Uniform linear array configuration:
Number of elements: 32
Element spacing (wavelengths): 1
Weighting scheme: hann
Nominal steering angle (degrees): -60
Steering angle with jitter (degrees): -60.41
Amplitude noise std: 0.05
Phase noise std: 0.05

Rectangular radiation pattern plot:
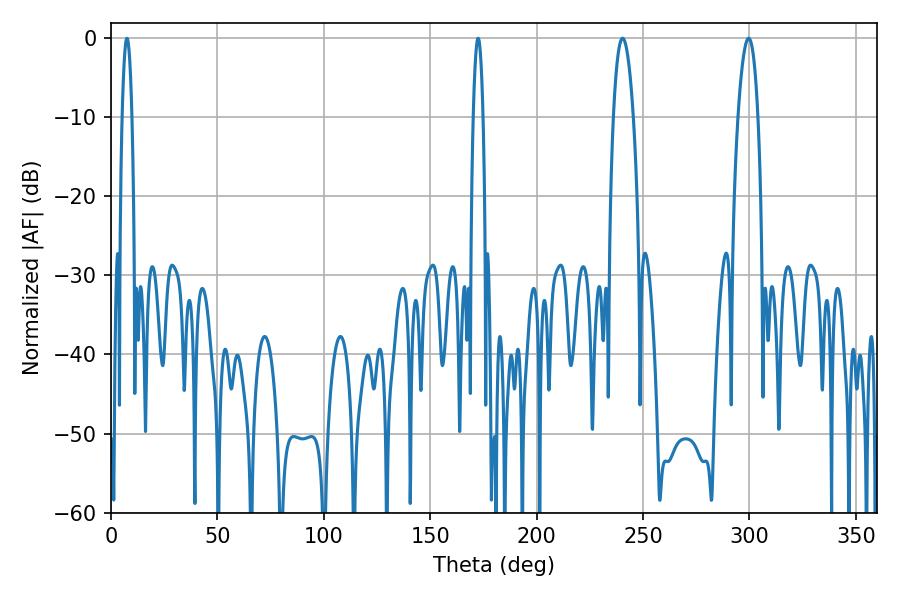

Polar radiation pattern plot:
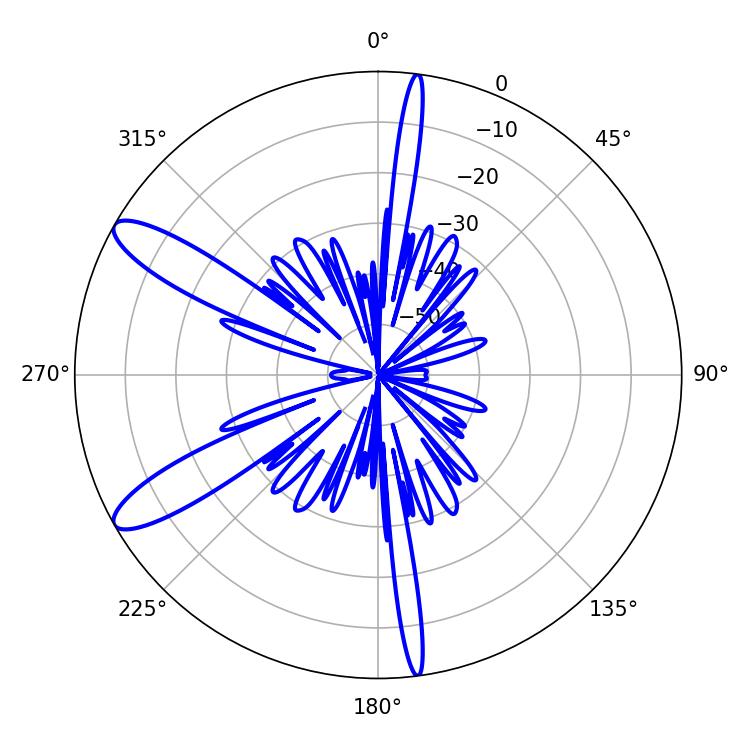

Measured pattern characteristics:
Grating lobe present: TRUE
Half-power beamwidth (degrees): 5.22
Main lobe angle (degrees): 240.48